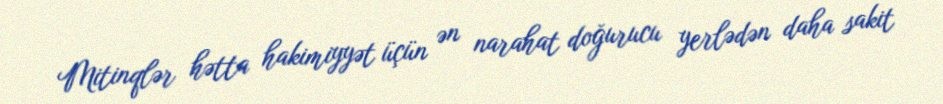
Mitinqlər hətta hakimiyyət üçün ən narahat doğurucu yerlədən daha sakit